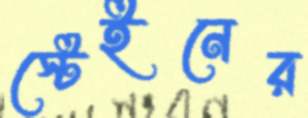
স্টেইনের